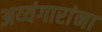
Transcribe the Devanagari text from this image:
अय्यंगारांना